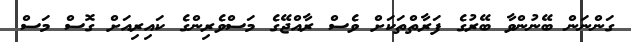
ގަންނަން ބޭނުންވާ ބޭރުގެ ފަރާތްތަކަށް ވެސް ރާއްޖޭގެ މަސްވެރިންގެ ކައިރިއަށް ގޮސް މަސް